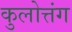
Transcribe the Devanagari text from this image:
कुलोत्तंग